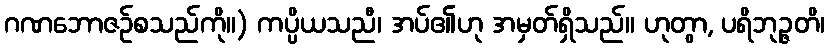
ဂဏဘောဇဉ်စသည်ကို။) ကပ္ပိယသညီ၊ အပ်၏ဟု အမှတ်ရှိသည်။ ဟုတွာ, ပရိဘုဉ္ဇတိ၊